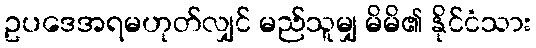
ဥပဒေအရမဟုတ်လျှင် မည်သူမျှ မိမိ၏ နိုင်ငံသား